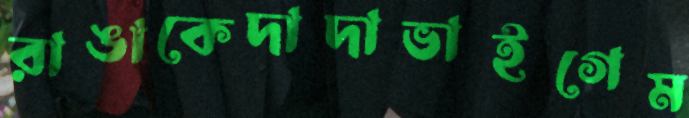
রাঙাকেদাদাভাইগেম